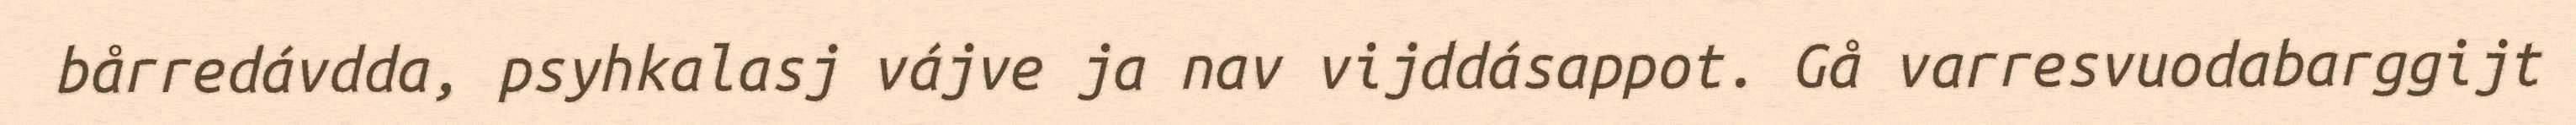
bårredávdda, psyhkalasj vájve ja nav vijddásappot. Gå varresvuodabarggijt